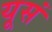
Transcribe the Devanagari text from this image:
यूसं